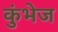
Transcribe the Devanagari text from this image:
कुंभेज